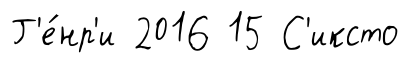
Г'е́нр'и 2016 15 С'иксто